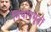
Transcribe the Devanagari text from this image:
नियायमूर्ती